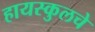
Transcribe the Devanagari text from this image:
हायस्‍कुलचे